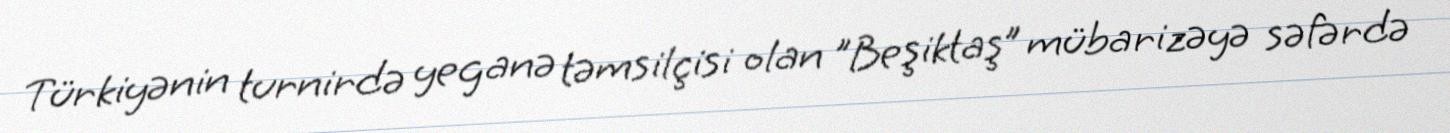
Türkiyənin turnirdə yeganə təmsilçisi olan "Beşiktaş” mübarizəyə səfərdə